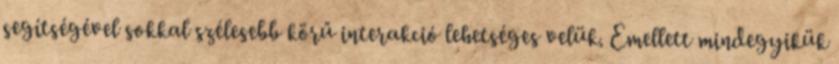
segítségével sokkal szélesebb körű interakció lehetséges velük. Emellett mindegyikük